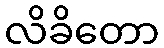
လိခိတော